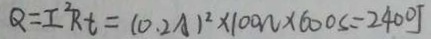
Q = I ^ { 2 } R t = ( 0 . 2 A ) ^ { 2 } \times 1 0 0 w \times 6 0 0 s = 2 4 0 0 J